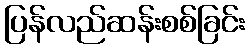
ပြန်လည်ဆန်းစစ်ခြင်း